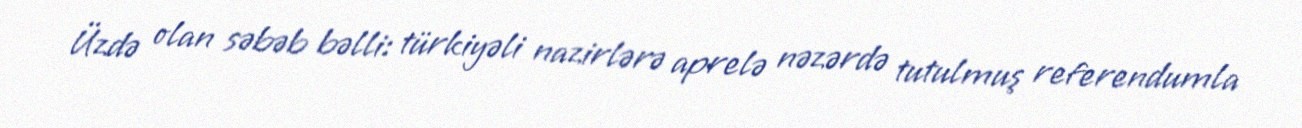
Üzdə olan səbəb bəlli: türkiyəli nazirlərə aprelə nəzərdə tutulmuş referendumla